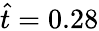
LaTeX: \hat{t}=0.28